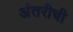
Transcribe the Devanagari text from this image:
अंतरीची